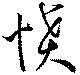
憤